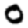
Digit: 0